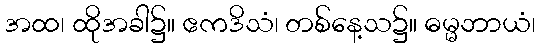
အထ၊ ထိုအခါ၌။ ဧကဒိသံ၊ တစ်နေ့သ၌။ ဓမ္မဘာယံ၊